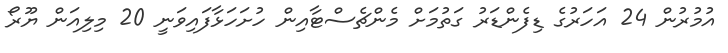
އުމުރުން 24 އަހަރުގެ ޑިފެންޑަރު ގަތުމަށް މެންޗެސްޓާއިން ހުށަހަޅާފައިވަނީ 20 މިލިއަން ޔޫރޯ